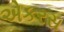
એકરસ